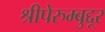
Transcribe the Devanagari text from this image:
श्रीपेरुम्बुद्दूर